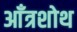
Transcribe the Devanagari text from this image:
आँत्रशोथ